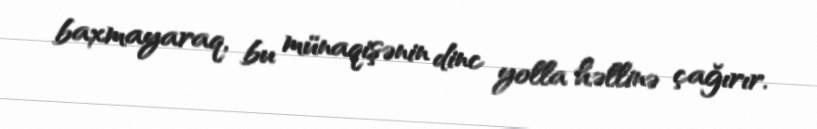
baxmayaraq, bu münaqişənin dinc yolla həllinə çağırır.